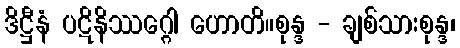
ဒိဋ္ဌီနံ ပဋိနိဿဂ္ဂေါ ဟောတိ။စုန္ဒ - ချစ်သားစုန္ဒ၊